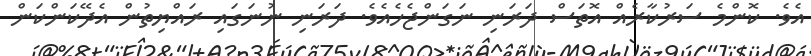
އެެވެ. ކޮންމެ ސަރުކާރެއް އޮތަސް ދަރަނި ނަގަންޖެހެއެެވެ. ދަރަނި ނުނަގައި ރައްޔިތުން އެދޭކަންކަން